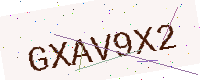
Text: GXAV9X2